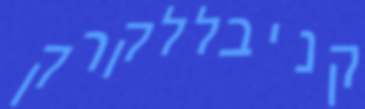
קניבללקרק